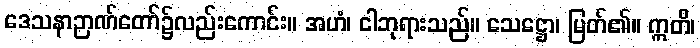
ဒေသနာဉာဏ်တော်၌လည်းကောင်း။ အဟံ၊ ငါဘုရားသည်။ သေဋ္ဌော၊ မြတ်၏။ ဣတိ၊